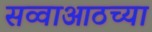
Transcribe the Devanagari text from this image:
सव्वाआठच्या